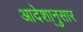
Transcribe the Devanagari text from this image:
आदेशा्नुसार